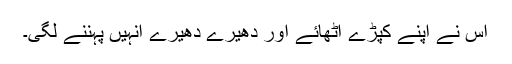
اس نے اپنے کپڑے اٹھائے اور دھیرے دھیرے انہیں پہننے لگی۔